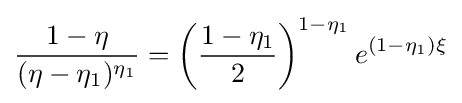
{\frac {1-\eta }{(\eta -\eta _{1})^{\eta _{1}}}}=\left({\frac {1-\eta _{1}}{2}}\right)^{1-\eta _{1}}e^{(1-\eta _{1})\xi }